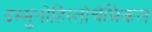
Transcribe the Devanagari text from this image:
इम्मुनोहिस्तोचेमिकल